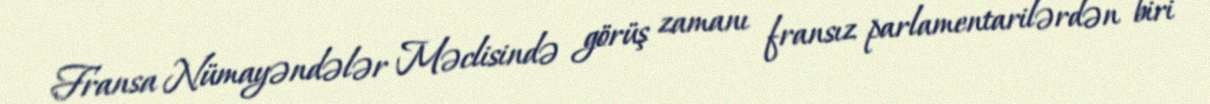
Fransa Nümayəndələr Məclisində görüş zamanı fransız parlamentarilərdən biri